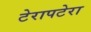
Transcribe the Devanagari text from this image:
टेरापटेरा